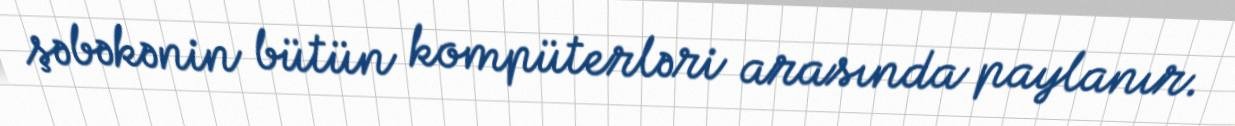
şəbəkənin bütün kompüterləri arasında paylanır.